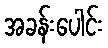
အခန်းပေါင်း